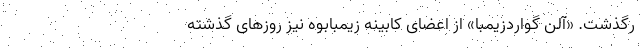
رگذشت. «آلن گواردزیمبا» از اعضای کابینه زیمبابوه نیز روزهای گذشته